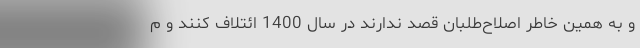
و به همین خاطر اصلاح‌طلبان قصد ندارند در سال 1400 ائتلاف کنند و م